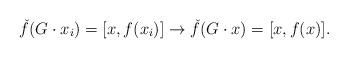
LaTeX: \begin{align*} \check f(G\cdot x_{i})=[x,f(x_{i})]\to \check f(G\cdot x)= [x,f(x)].\end{align*}